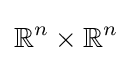
\mathbb {R} ^{n}\times \mathbb {R} ^{n}